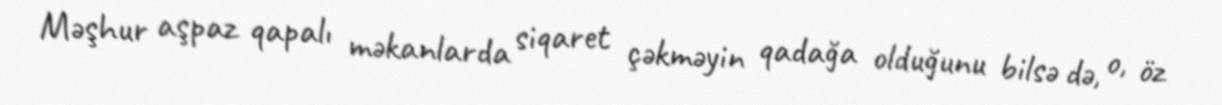
Məşhur aşpaz qapalı məkanlarda siqaret çəkməyin qadağa olduğunu bilsə də, o, öz